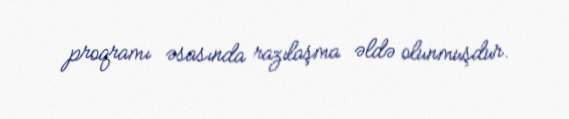
proqramı əsasında razılaşma əldə olunmuşdur.